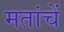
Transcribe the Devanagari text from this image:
मतांचें